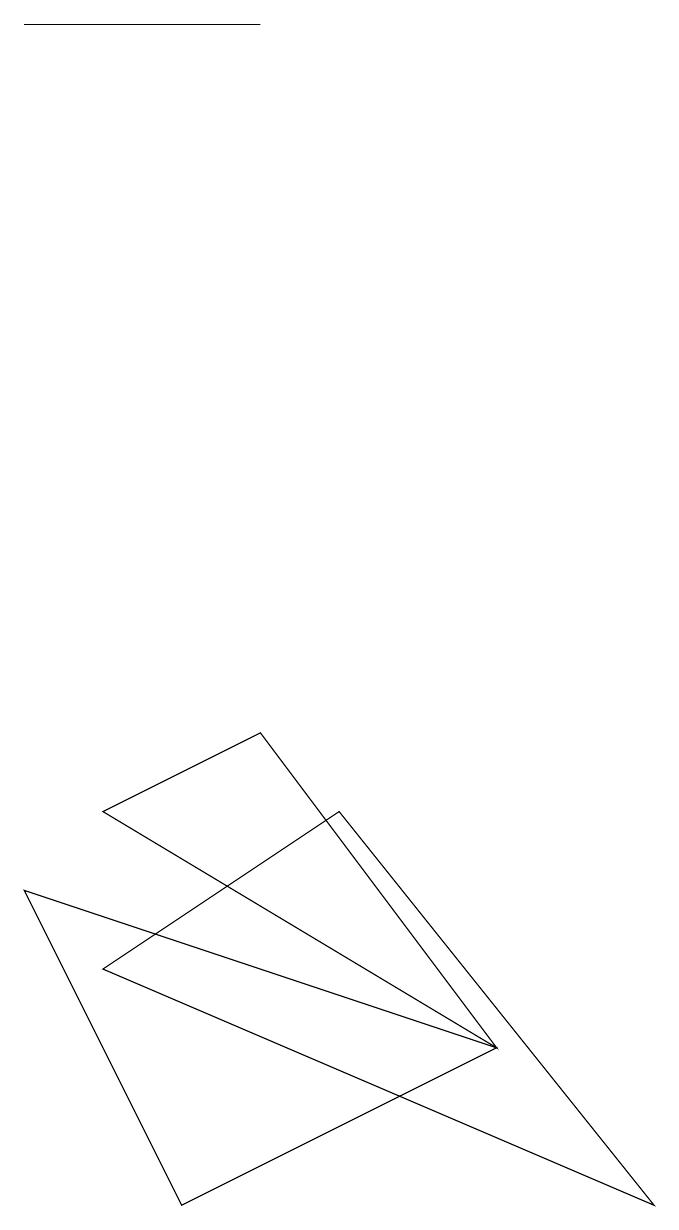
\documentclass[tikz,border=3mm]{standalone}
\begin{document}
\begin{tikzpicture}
\draw (4,15) rectangle (1,15);
\draw (7,2) -- (3,0) -- (1,4) -- cycle;
\draw (5,5) -- (9,0) -- (2,3) -- cycle;
\draw (7,2) -- (2,5) -- (4,6) -- cycle;
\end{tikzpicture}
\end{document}